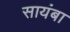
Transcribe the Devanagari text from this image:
सायंबा